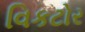
વિકટોર